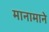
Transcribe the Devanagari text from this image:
मानामाने